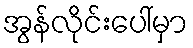
အွန်လိုင်းပေါ်မှာ